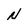
Character: N